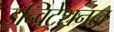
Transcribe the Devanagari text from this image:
इन्विटेशनल